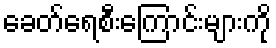
ခေတ်ရေစီးကြောင်းများကို